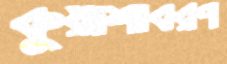
কুয়াশাবরণ